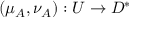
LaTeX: ( \mu _ { A } , \nu _ { A } ) : U \to D ^ { * }